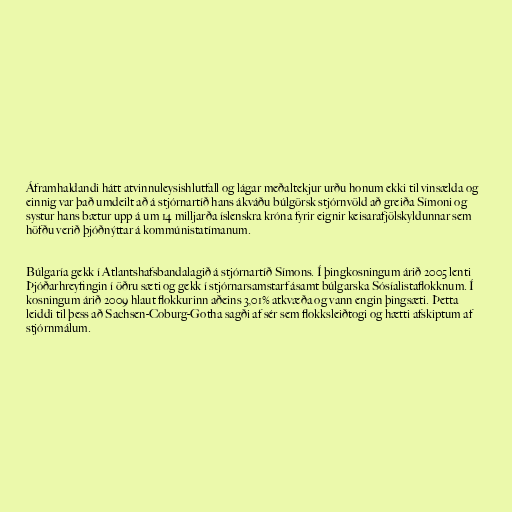
Áframhaldandi hátt atvinnuleysishlutfall og lágar meðaltekjur urðu honum ekki til vinsælda og
einnig var það umdeilt að á stjórnartíð hans ákváðu búlgörsk stjórnvöld að greiða Símoni og
systur hans bætur upp á um 14 milljarða íslenskra króna fyrir eignir keisarafjölskyldunnar sem
höfðu verið þjóðnýttar á kommúnistatímanum.

Búlgaría gekk í Atlantshafsbandalagið á stjórnartíð Símons. Í þingkosningum árið 2005 lenti
Þjóðarhreyfingin í öðru sæti og gekk í stjórnarsamstarf ásamt búlgarska Sósíalistaflokknum. Í
kosningum árið 2009 hlaut flokkurinn aðeins 3,01% atkvæða og vann engin þingsæti. Þetta
leiddi til þess að Sachsen-Coburg-Gotha sagði af sér sem flokksleiðtogi og hætti afskiptum af
stjórnmálum.